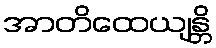
အာတိထေယျန္တိ